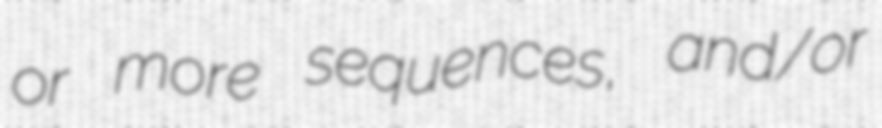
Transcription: or more sequences, and/or